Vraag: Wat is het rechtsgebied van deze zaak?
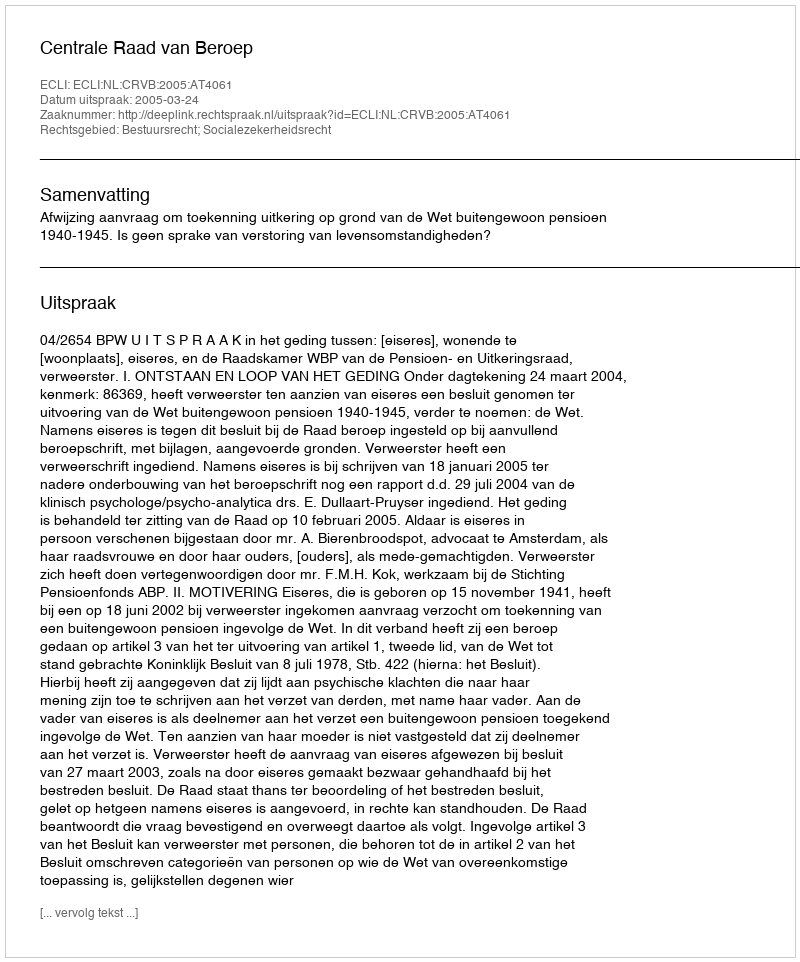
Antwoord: Bestuursrecht; Socialezekerheidsrecht